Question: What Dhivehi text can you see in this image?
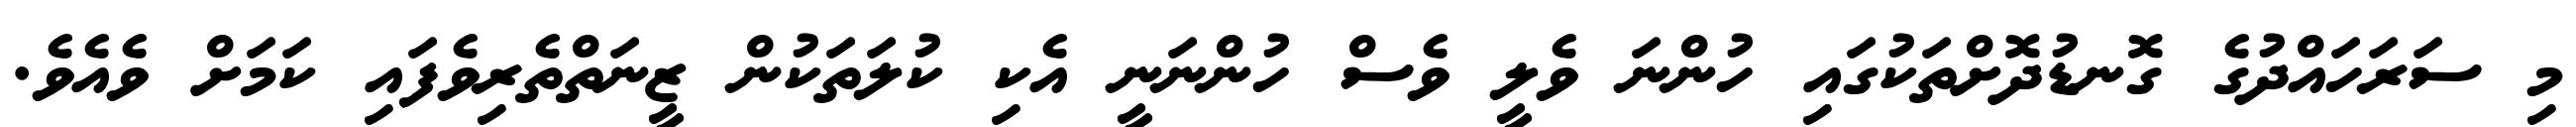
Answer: މި ސަރަހައްދުގެ ގޮނޑުދޮށްތަކުގައި ހުންނަ ވެލީ ވެސް ހުންނަނީ އެކި ކުލަތަކުން ޒީނަތްތެރިވެފައި ކަމަށް ވެއެވެ.